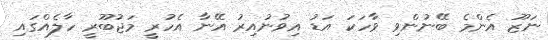
ނަޒޫ އެންމެ ބޭނުންވި ވާހަކަ އަޑު އިވުނުއިރު އޭނާ އެހުރީ މަޖުބޫރީ ހާލެއްގައި